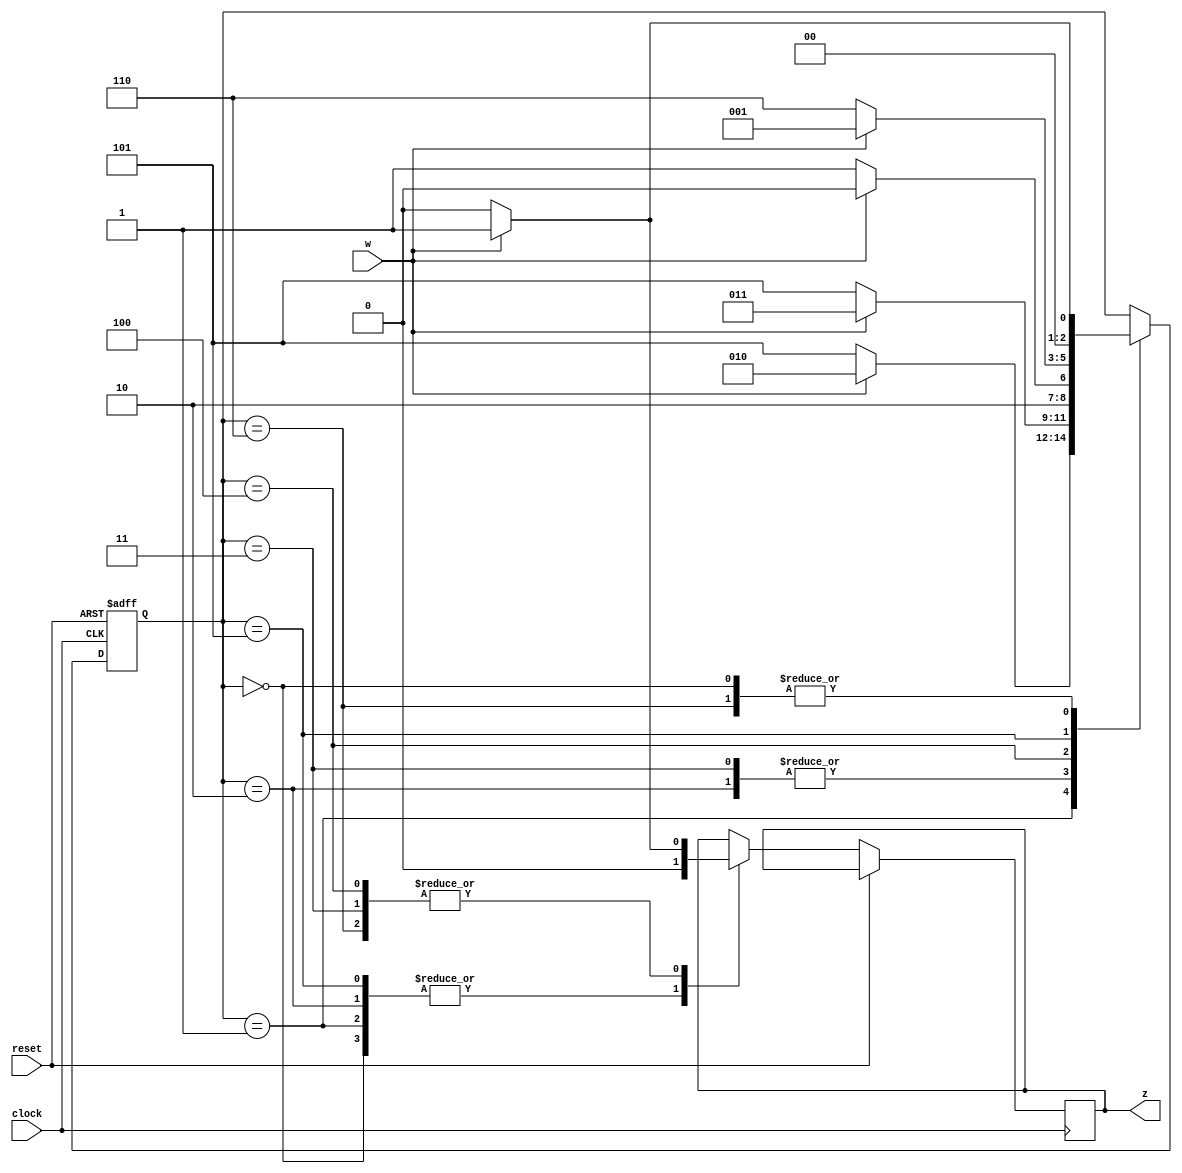
module  exp3(z,w,clock,reset);

input clock, reset, w;
output reg z;
reg [2:0] y; 
parameter [2:0] A = 0, B = 1, C = 2, D=3, E=4, F=5, G=6, S7=7;

always @(posedge clock, posedge reset)
	if (reset) y<=A;

	else

		case(y)
		A: if (w)
		begin
		z<=0;
		y<=B;
		end
	
		else
		begin
		z<=0;
		y<=A;
		end
	
	
		B: if (w)
		begin
		z<=0;
		y<=C;
		end
		
		else
		begin
		z<=0;
		y<=F;
		end
		
		
		C: if (w)
		begin
		z<=0;
		y<=D;
		end
		
		else
		begin
		z<=0;
		y<=F;
		end
		
		
		D: if (w)
		begin
		z<=1;
		y<=D;
		end
		
		else
		begin
		z<=0;
		y<=F;
		end
		
		
		E: if (w)
		begin
		z<=1;
		y<=E;
		end
		
		else
		begin
		z<=0;
		y<=F;
		end
		
		
		F: if (w)
		begin
		z<=0;
		y<=B;
		end
		
		else
		begin
		z<=0;
		y<=G;
		end
		
		
		G: if (w)
		begin
		z<=1;
		y<=B;
		end
		
		else
		begin
		z<=0;
		y<=A;
		end
		endcase


endmodule